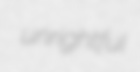
unrightful